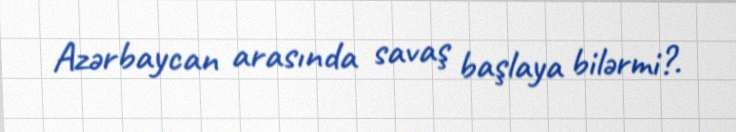
Azərbaycan arasında savaş başlaya bilərmi?.